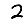
Digit: 2